Indian Medical Review
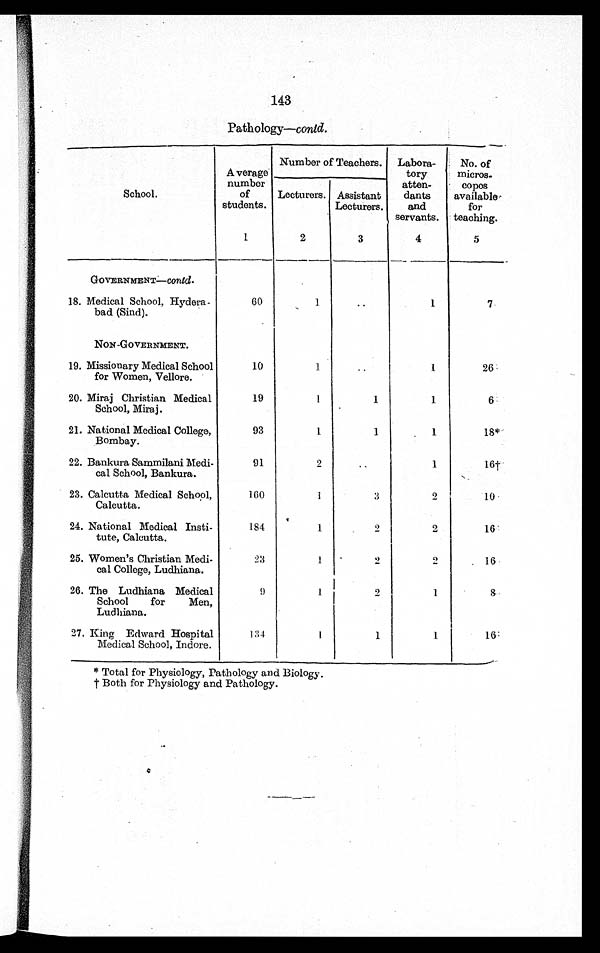
143
Pathology—contd.
School.
Average
number
of
students.
Number of Teachers. Labora-
tory
atten-
dants
and
servants.
No. of
micros-
copes
available
for
teaching.
Lecturers. Assistant
Lecturers.
1
2
3
4
5
G O V E R N M E N T —
c o n t d .
18. Medical School, Hydera-
bad (Sind).
60
1
..
1
7
NON-GOVERNMENT.
19. Missionary Medical School
for Women, Vellore.
10
1
..
1
26
20. Miraj Christian Medical
School, Miraj.
19
1
1
1
6
21. National Medical College,
Bombay.
93
1
1
1
18*
22. Bankura Sammilani Medi-
cal School, Bankura.
91
2
. .
1
1 6 †
23. Calcutta Medical School,
Calcutta.
160
1
3
2
10
24. National Medical Insti-
tute, Calcutta.
184
1
2
2
16
25. Women's Christian Medi-
cal College, Ludhiana.
23
1
2
2
16
26. The Ludhiana Medical
School for Men,
Ludhiana.
9
1
2
1
8
27. King Edward Hospital
Medical School, Indore.
134
1
1
1
16
* Total for Physiology, Pathology and Biology.
† Both for Physiology and Pathology.